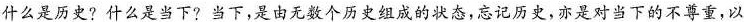
什么是历史?什么是当下?当下，是由无数个历史组成的状态，忘记历史，亦是对当下的不尊重，以